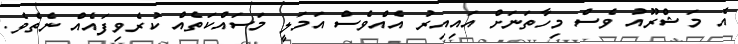
އެ މަޝްރޫއު ވެސް މިހާތަނަށް އައިއިރު އެއްވެސް އަމަލީ މަސައްކަތެއް ކުރެވިފައެއް ނެތެވެ.